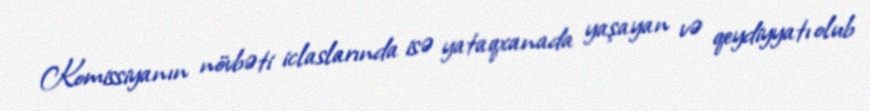
Komissiyanın növbəti iclaslarında isə yataqxanada yaşayan və qeydiyyatı olub